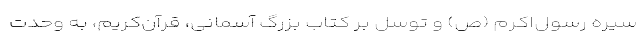
سیره رسول‌اکرم (ص) و توسل بر کتاب بزرگ آسمانی، قرآن‌کریم، به وحدت